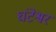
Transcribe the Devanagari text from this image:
घंटेश्वर